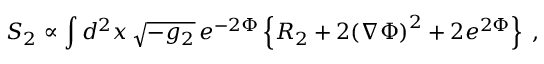
S _ { 2 } \propto \int d ^ { 2 } x \, \sqrt { - g _ { 2 } } \, e ^ { - 2 \Phi } \left\{ R _ { 2 } + 2 { \left( \nabla \Phi \right) } ^ { 2 } + 2 e ^ { 2 \Phi } \right\} \; ,